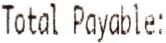
TOTAL PAYABLE: